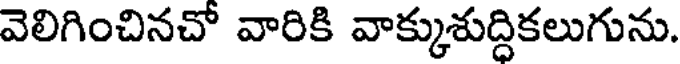
వెలిగించినచో వారికి వాక్కుశుద్దికలుగును.